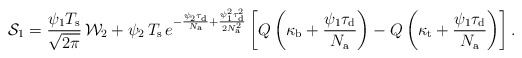
\begin{align*}\mathcal{S}_1=\frac{\psi_1 T_{\rm s}}{\sqrt{2\pi}}\,\mathcal{W}_2+\psi_{2}\,T_{\rm s}\,e^{-\frac{\psi_{2}\tau_{\rm d}}{N_{\rm a}}+\frac{\psi_1^2\tau_{\rm d}^2}{2N_{\rm a}^2}}\left[Q\left(\kappa_{\rm b}+\frac{\psi_{1}\tau_{\rm d}}{N_{\rm a}}\right)-Q\left(\kappa_{\rm t}+\frac{\psi_{1}\tau_{\rm d}}{N_{\rm a}}\right)\right].\end{align*}